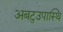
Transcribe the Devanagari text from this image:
अबटुउपास्थि